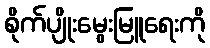
စိုက်ပျိုးမွေးမြူရေးကို